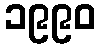
၁၉၉၀